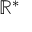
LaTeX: \mathbb { R } ^ { * }